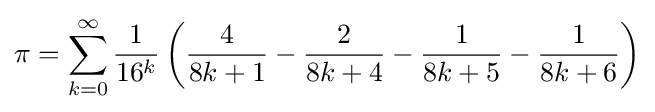
\pi =\sum _{k=0}^{\infty }{\frac {1}{16^{k}}}\left({\frac {4}{8k+1}}-{\frac {2}{8k+4}}-{\frac {1}{8k+5}}-{\frac {1}{8k+6}}\right)